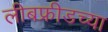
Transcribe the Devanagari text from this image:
लीबफ्रीडच्या